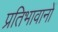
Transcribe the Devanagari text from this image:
प्रतिभावानों